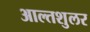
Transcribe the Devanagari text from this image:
आल्तशुलर